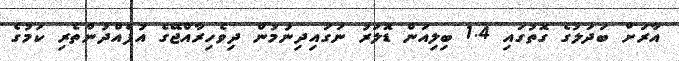
އާރަށް ބަދަލުގެ ގޮތުގައި 1.4 ބިލިއަން ޑޮލަރު ނަގައިދިނުމުން ދިވެހިރާއްޖޭގެ އުފެއްދުންތެރި ކަމުގެ